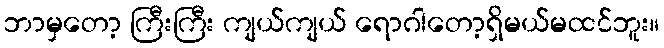
ဘာမှတော့ ကြီးကြီး ကျယ်ကျယ် ရောဂါတော့ရှိမယ်မထင်ဘူး။